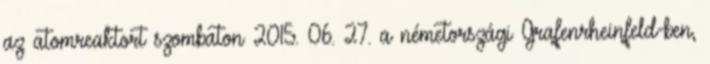
az atomreaktort szombaton 2015. 06. 27. a németországi Grafenrheinfeld-ben,